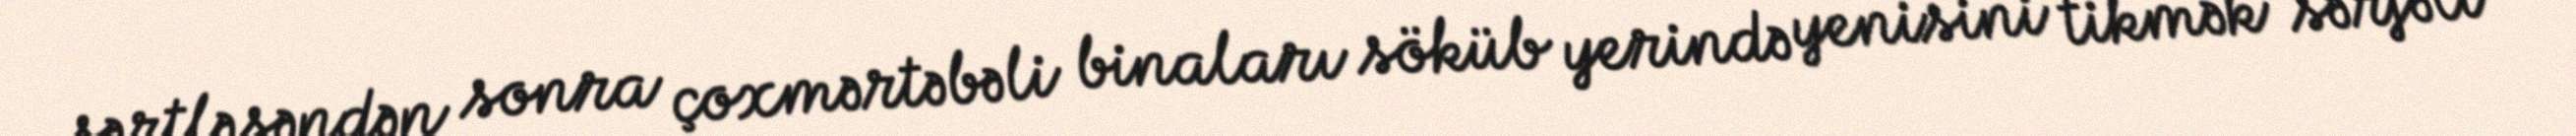
sərtləşəndən sonra çoxmərtəbəli binaları söküb yerində yenisini tikmək sərfəli